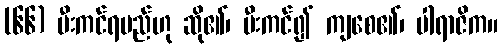
(၆၆) မီးကင်ရမည်ဟု ဆို၏၊ မီးကင်၍ ကျစေ၏၊ ပါရာဇိက။